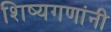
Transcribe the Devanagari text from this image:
शिष्यगणांनी